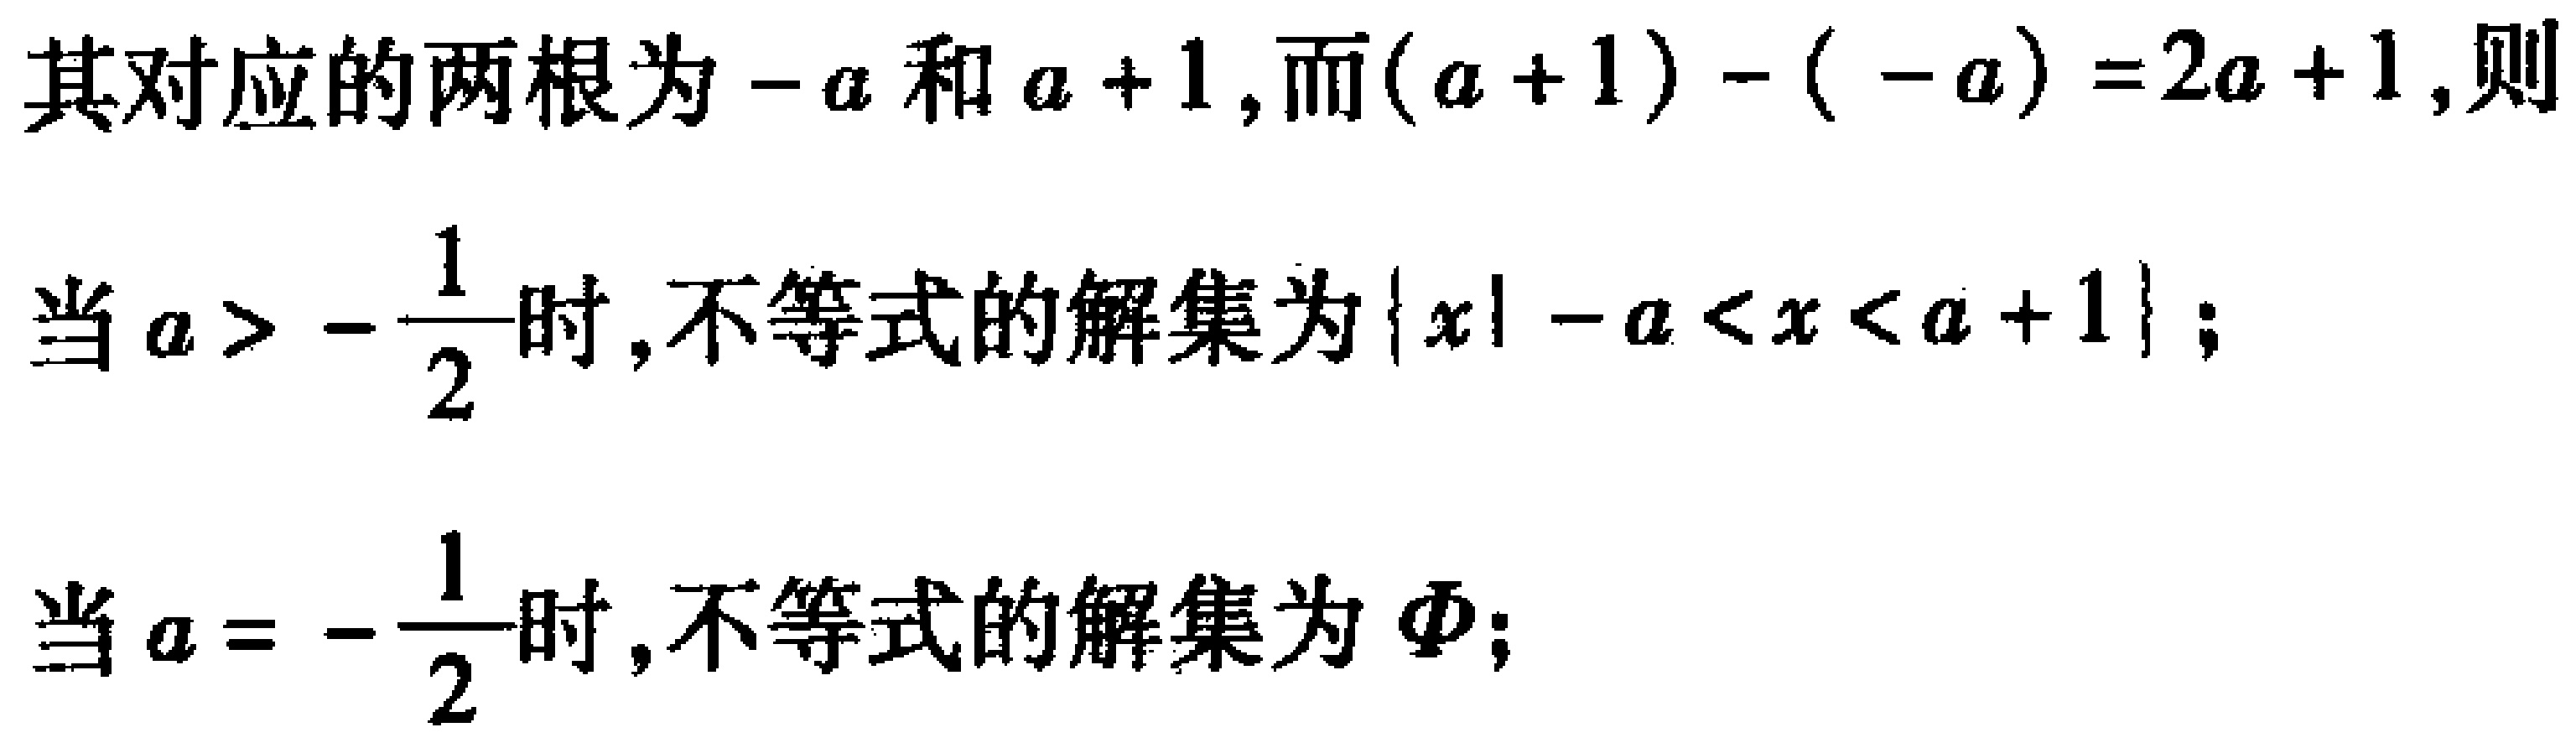
其对应的两根为\(-a\)和\(a + 1\),而\((a + 1) - ( - a)=2a + 1\),则

当\(a > -\frac{1}{2}\)时,不等式的解集为\(\{x\mid -a < x < a + 1\}\);

当\(a = -\frac{1}{2}\)时,不等式的解集为\(\varnothing\);